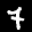
Label: 7